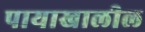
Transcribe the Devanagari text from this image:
पायाखालील